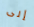
إلى